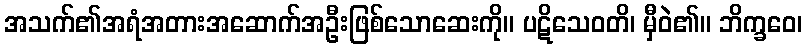
အသက်၏အရံအတားအဆောက်အဦးဖြစ်သောဆေးကို။ ပဋိသေဝတိ၊ မှီဝဲ၏။ ဘိက္ခဝေ၊